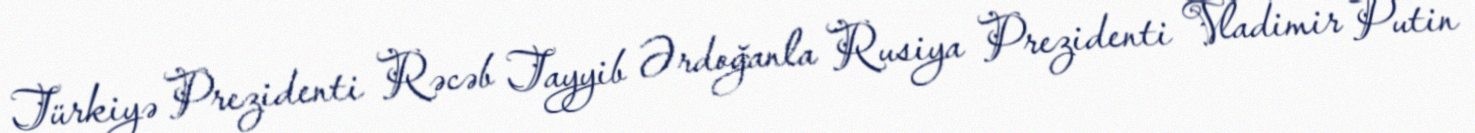
Türkiyə Prezidenti Rəcəb Tayyib Ərdoğanla Rusiya Prezidenti Vladimir Putin